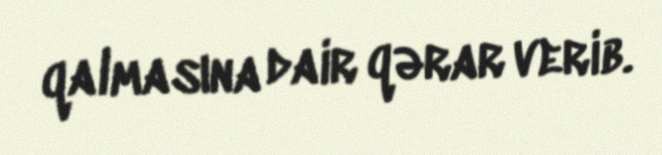
qalmasına dair qərar verib.